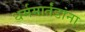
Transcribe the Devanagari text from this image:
धर्ममार्तंडांना